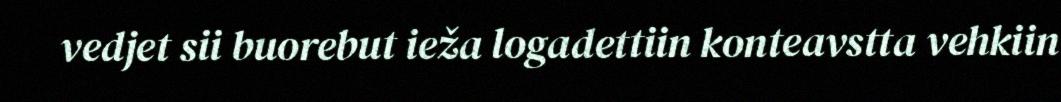
vedjet sii buorebut ieža logadettiin konteavstta vehkiin